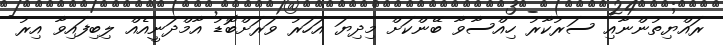
ރައްޔިތުންނާއި ސަރުކާރު ހިއްސާވާ ބޭންކަށް މިދިޔަ އަހަރު ވަރަށްބޮޑު އާމްދަނީއެއް ލިބިފައިވާ އިރު